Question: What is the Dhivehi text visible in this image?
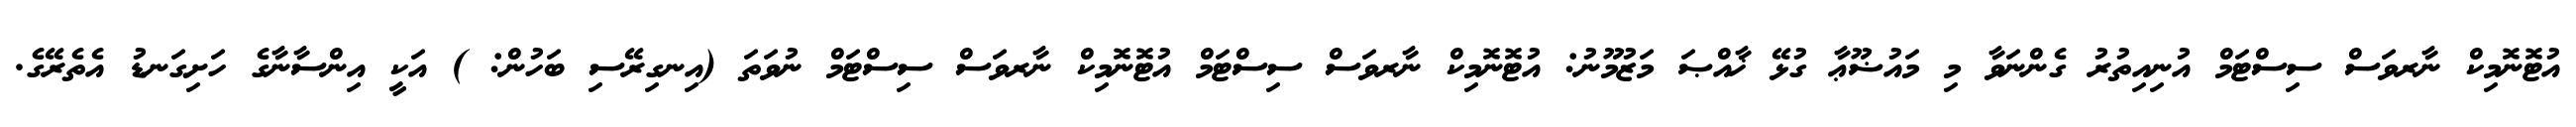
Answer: އުޓޮނޮމިކް ނާރވަސް ސިސްޓަމް އުނިއިތުރު ގެންނަވާ މި މައުޟޫޢާ ގުޅޭ ޚާއްޞަ މަޒުމޫނު: އުޓޮނޮމިކް ނާރވަސް ސިސްޓަމް އުޓޮނޮމިކް ނާރވަސް ސިސްޓަމް ނުވަތަ (އިނގިރޭސި ބަހުން: ) އަކީ އިންސާނާގެ ހަށިގަނޑު އެތެރޭގެ.